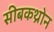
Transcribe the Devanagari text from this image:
सीबकथ्रोन